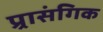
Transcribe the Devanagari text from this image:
प्र्रासंगिक